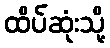
ထိပ်ဆုံးသို့